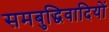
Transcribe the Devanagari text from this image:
समबुद्धिवादियों